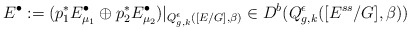
\begin{align*}E^{\bullet}:=(p_1^*E^{\bullet}_{\mu_1}\oplus p_2^*E^{\bullet}_{\mu_2})\vert_{Q^{\epsilon}_{g,k}([E/G],\beta)}\in D^b(Q^{\epsilon}_{g,k}([E^{ss}/G],\beta))\end{align*}